Indian journal of veterinary science and animal husbandry - Volumes 22-23, 1952-1953
Year: 1952
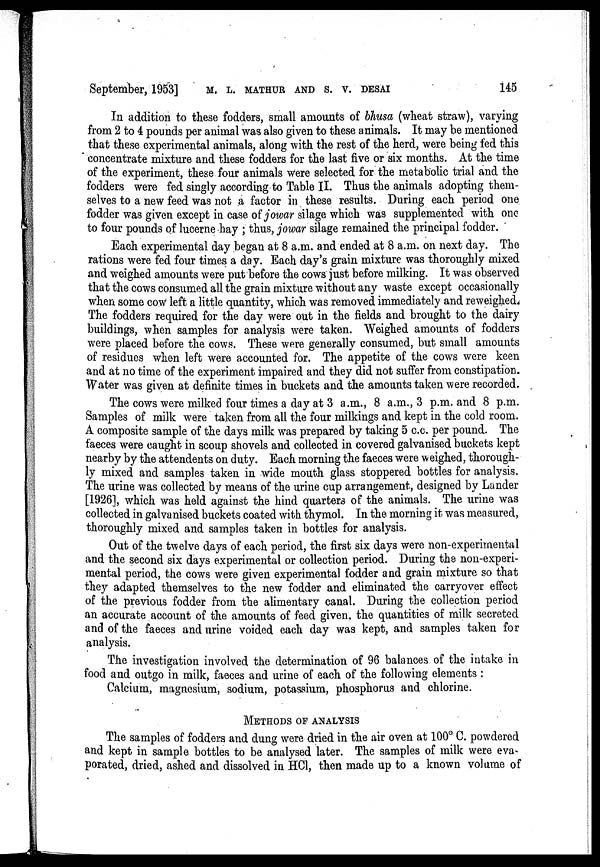
September, 1953] M. L. MATHUR AND S. V. DESAI 145
In addition to these fodders, small amounts of bhusa (wheat straw), varying
from 2 to 4 pounds per animal was also given to these animals. It may be mentioned
that these experimental animals, along with the rest of the herd, were being fed this
concentrate mixture and these fodders for the last five or six months. At the time
of the experiment, these four animals were selected for the metabolic trial and the
fodders were fed singly according to Table II. Thus the animals adopting them-
selves to a new feed was not a factor in these results. During each period one
fodder was given except in case of jowar silage which was supplemented with one
to four pounds of lucerne hay ; thus, jowar silage remained the principal fodder.
Each experimental day began at 8 a.m. and ended at 8 a.m. on next day. The
rations were fed four times a day. Each day's grain mixture was thoroughly mixed
and weighed amounts were put before the cows just before milking. It was observed
that the cows consumed all the grain mixture without any waste except occasionally
when some cow left a little quantity, which was removed immediately and reweighed.
The fodders required for the day were out in the fields and brought to the dairy
buildings, when samples for analysis were taken. Weighed amounts of fodders
were placed before the cows. These were generally consumed, but small amounts
of residues when left were accounted for. The appetite of the cows were keen
and at no time of the experiment impaired and they did not suffer from constipation.
Water was given at definite times in buckets and the amounts taken were recorded.
The cows were milked four times a day at 3 a.m., 8 a.m., 3 p.m. and 8 p.m.
Samples of milk were taken from all the four milkings and kept in the cold room.
A composite sample of the days milk was prepared by taking 5 c.c. per pound. The
faeces were caught in scoup shovels and collected in covered galvanised buckets kept
nearby by the attendents on duty. Each morning the faeces were weighed, thorough-
ly mixed and samples taken in wide mouth glass stoppered bottles for analysis.
The urine was collected by means of the urine cup arrangement, designed by Lander
[1926], which was held against the hind quarters of the animals. The urine was
collected in galvanised buckets coated with thymol. In the morning it was measured,
thoroughly mixed and samples taken in bottles for analysis.
Out of the twelve days of each period, the first six days were non-experimental
and the second six days experimental or collection period. During the non-experi-
mental period, the cows were given experimental fodder and grain mixture so that
they adapted themselves to the new fodder and eliminated the carryover effect
of the previous fodder from the alimentary canal. During the collection period
an accurate account of the amounts of feed given, the quantities of milk secreted
and of the faeces and urine voided each day was kept, and samples taken for
analysis.
The investigation involved the determination of 96 balances of the intake in
food and outgo in milk, faeces and urine of each of the following elements :
Calcium, magnesium, sodium, potassium, phosphorus and chlorine.
METHODS OF ANALYSIS
The samples of fodders and dung were dried in the air oven at 100° C. powdered
and kept in sample bottles to be analysed later. The samples of milk were eva-
porated, dried, ashed and dissolved in HCl, then made up to a known volume of